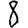
Digit: 8